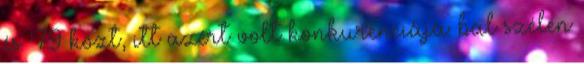
és '79 közt, itt azért volt konkurenciája: bal szélen